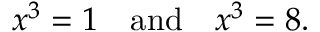
x ^ { 3 } = 1 \quad { \mathrm { a n d } } \quad x ^ { 3 } = 8 .